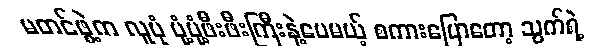
မတင်ဖွဲ့က လူပုံ ပုံ့ပုံ့ဖီးဖီးကြီးနဲ့ပေမယ့် စကားပြောတော့ သွက်ရဲ့